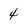
Character: 4